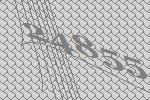
24855